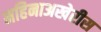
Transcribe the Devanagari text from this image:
महिनाअखेरीस